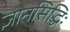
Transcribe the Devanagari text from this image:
ज्ञानसिद्धिः